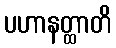
ပဟာနတ္ထာတိ